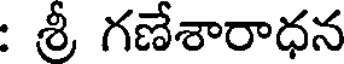
: శ్రీ గణేశారాధన